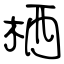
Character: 栖